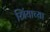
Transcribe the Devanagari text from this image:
स्त्रिंयाच्या